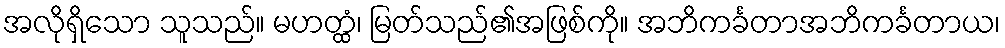
အလိုရှိသော သူသည်။ မဟတ္ထံ၊ မြတ်သည်၏အဖြစ်ကို။ အဘိကင်္ခတာအဘိကင်္ခတာယ၊